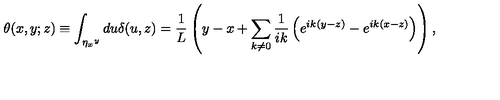
\theta ( x , y ; z ) \equiv \int _ { \eta _ { x } { } ^ { y } } d u \delta ( u , z ) = \frac { 1 } { L } \left( y - x + \sum _ { k \ne 0 } \frac { 1 } { i k } \left( e ^ { i k ( y - z ) } - e ^ { i k ( x - z ) } \right) \right) ,